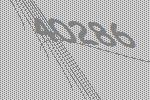
40286